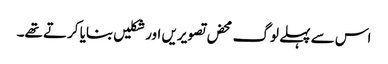
اس سے پہلے لوگ محض تصویریں اور شکلیں بنایا کرتے تھے۔